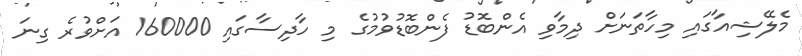
މެލޭޝިއާގައި މިހާތަނަށް ދިމާވި އެންބޮޑު ފެންބޮޑުވުމުގެ މި ހާދިސާގައި 160000 އަށްވުރެ ގިނަ